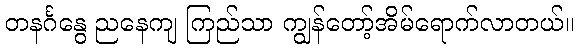
တနင်္ဂနွေ ညနေကျ ကြည်သာ ကျွန်တော့်အိမ်ရောက်လာတယ်။